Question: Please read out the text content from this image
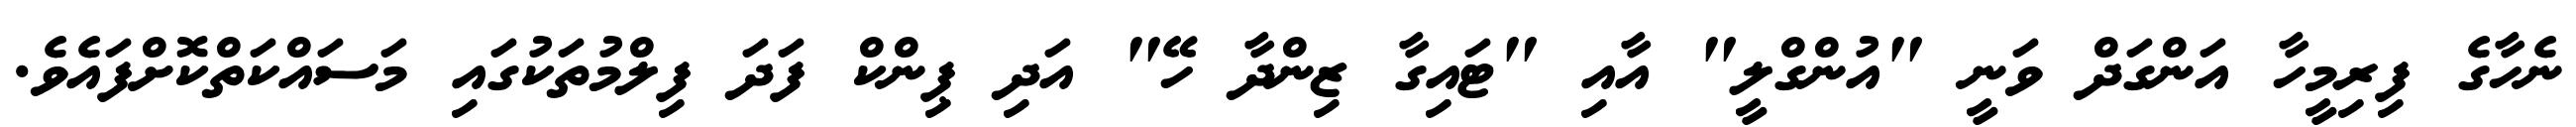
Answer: ނެހާގެ ފިރިމީހާ އަންގަދް ވަނީ "އުންގްލީ" އާއި "ޓައިގާ ޒިންދާ ހޭ" އަދި ޕިންކް ފަދަ ފިލްމުތަކުގައި މަސައްކަތްކޮށްފައެވެ.